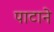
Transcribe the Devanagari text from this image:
पाटाने